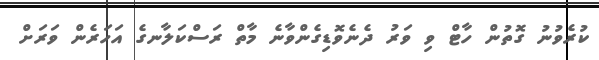
ކުރެވުނު ގޮތުން ހާޓް ވި ވަރު ދެނެވޮޑިގެންވާނެ މާތް ރަސްކަލާނގެ އަހަރެން ވަރަށް